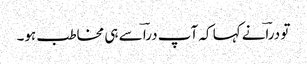
تو دراؔنے کہا کہ آپ دراؔ سے ہی مخاطب ہو۔